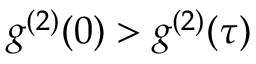
g ^ { ( 2 ) } ( 0 ) > g ^ { ( 2 ) } ( \tau )